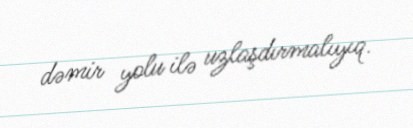
dəmir yolu ilə uzlaşdırmalıyıq.